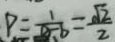
P = \frac { 1 } { a - b } = \frac { \sqrt { 2 } } { 2 }